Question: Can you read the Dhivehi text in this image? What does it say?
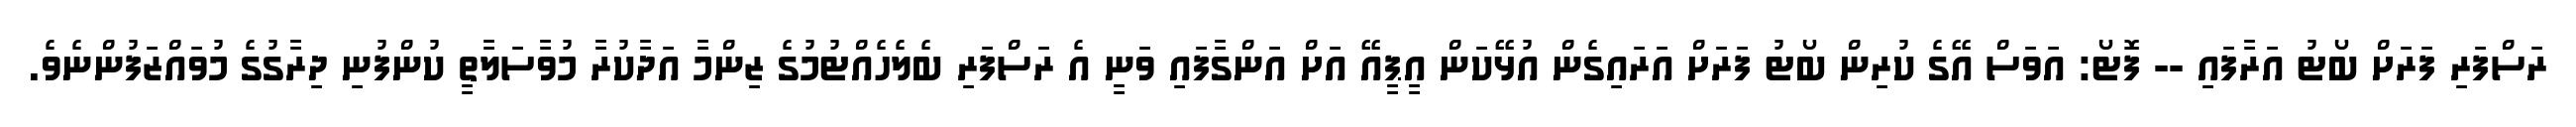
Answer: ރަސްފަރި ފަރަށް ބޯޓު އަރާފައި -- ފޮޓޯ: އަވަސް އޭގެ ކުރިން ބޯޓު ފަރަށް އަރައިގެން އުޅޭކަން އީޕީއޭ އަށް އަންގާފައި ވަނީ އެ ރަސްފަރި ބެލެހެއްޓުމުގެ ޒިންމާ އަދާކުރާ މުވާސަލާތީ ކުންފުނި ދިރާގުގެ މުވައްޒަފުންނެވެ.